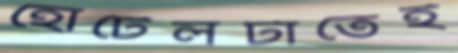
হোটেলটাতেই